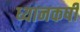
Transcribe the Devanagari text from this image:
ध्यानकर्षी